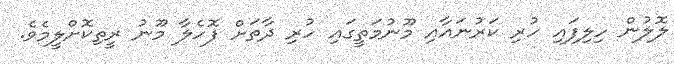
ލޮލުން ހިލިފައި ހުރި ކަރުނައާއި މޫނުމަތީގައި ހުރި ދާތަށް ފޮހެލާ މޫނު ރީތިކޮށްލީމެވެ.